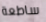
ساطعة